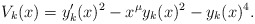
\begin{align*} V_k(x)=y_k'(x)^2-x^\mu y_k(x)^2-y_k(x)^4. \end{align*}